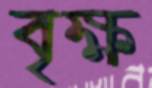
বৃক্ষ